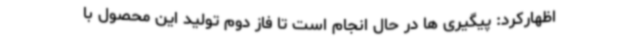
اظهارکرد: پیگیری ها در حال انجام است تا فاز دوم تولید این محصول با